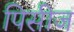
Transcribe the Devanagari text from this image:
पिसीज